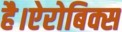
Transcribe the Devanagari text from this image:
है।ऐरोबिक्स